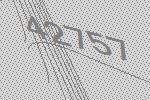
42757